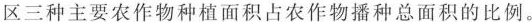
区三种主要农作物种植面积占农作物播种总面积的比例。